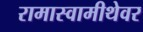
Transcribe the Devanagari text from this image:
रामास्वामीथेवर